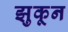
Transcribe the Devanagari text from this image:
झुकून